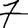
Digit: 7